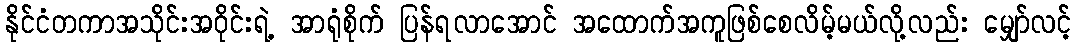
နိုင်ငံတကာအသိုင်းအဝိုင်းရဲ့ အာရုံစိုက် ပြန်ရလာအောင် အထောက်အကူဖြစ်စေလိမ့်မယ်လို့လည်း မျှော်လင့်